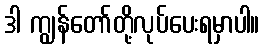
ဒါ ကျွန်တော်တို့လုပ်ပေးရမှာပါ။